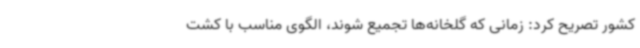
کشور تصریح کرد: زمانی که گلخانه‌ها تجمیع شوند، الگوی مناسب با کشت